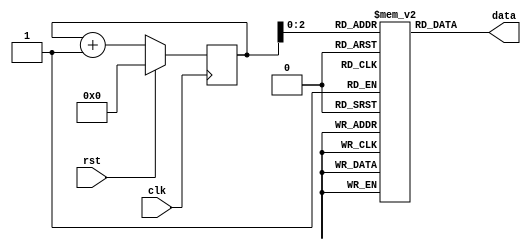
//****************************************************
//Test to find power on value of LUTS
//****************************************************

module test_DUT (
input 				clk,
input				rst,
output 		[31:0] data
);


reg [3:0] count_y;
reg	[31:0] LUT [5:0];

assign data = LUT[count_y]; 

always @ (posedge clk) begin
if(rst)
	count_y <=0;
else
	count_y <= count_y + 1;
end

endmodule